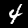
Digit: 4